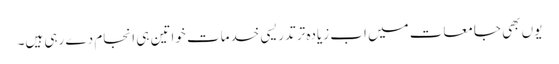
یوں بھی جامعات میں اب زیادہ تر تدریسی خدمات خواتین ہی انجام دے رہی ہیں۔